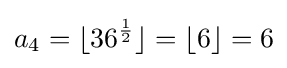
a_{4}=\lfloor 36^{\frac {1}{2}}\rfloor =\lfloor 6\rfloor =6